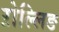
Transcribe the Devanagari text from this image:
ऱोल्लिङ